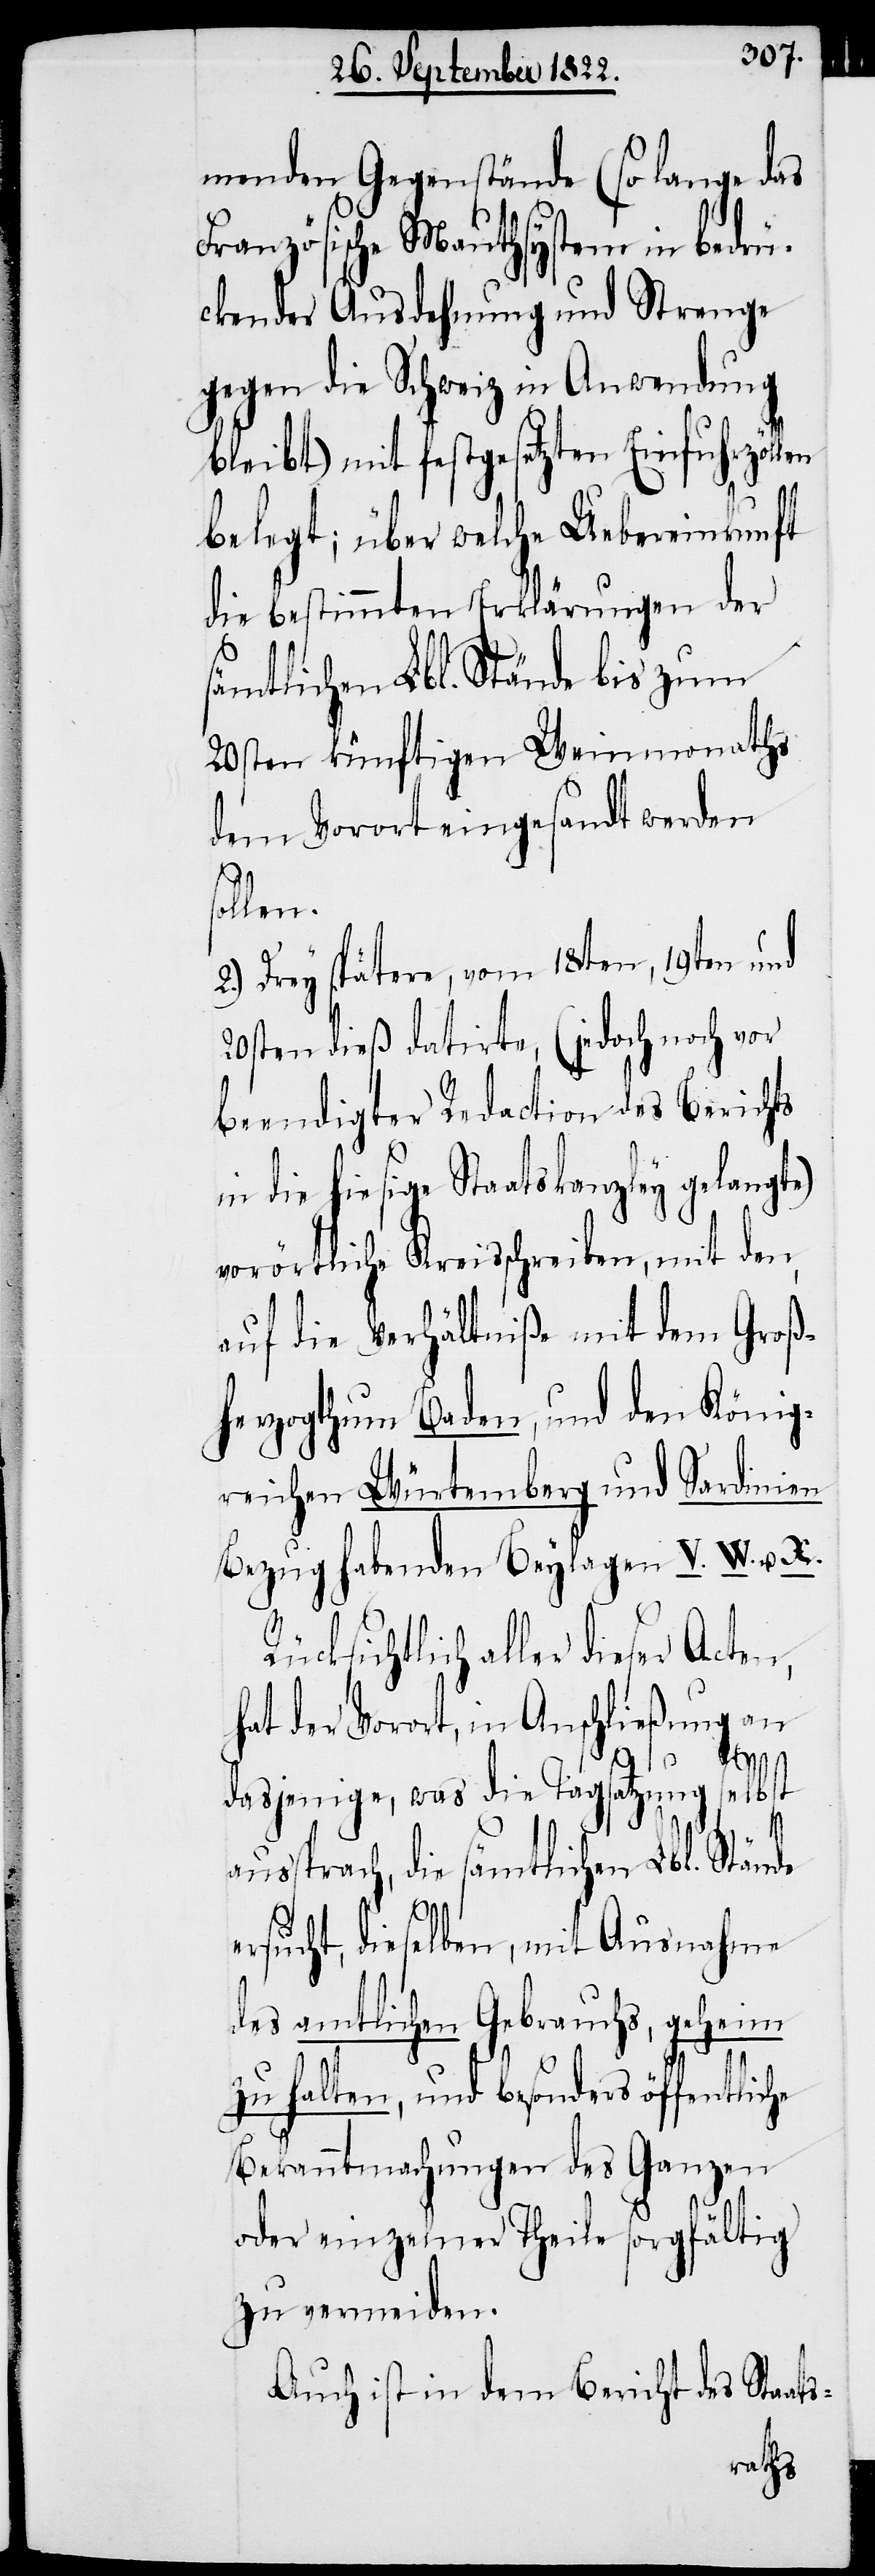
menden Gegenstände (so lange das
Französische Mauthsystem in bedrü¬
ckender Ausdehnung und Strenge
gegen die Schweiz in Anwendung
bleibt) mit festgesetzten Einfuhrzöllen
belegt; über welche Uebereinkunft
die bestimmten Erklärungen der
sämtlichen Lbl. Stände bis zum
20sten künftigen Weinmonaths
dem Vorort eingesandt werden
len.
2.) Drey spätere, vom 18ten, und
20sten dieß datirte, (jedoch noch vor
beendigter Redaction des Berichts
die hiesige Staatskanzley gelangte)
vorörtliche Kreisschreiben, mit den
auf die Verhältniße mit dem Groß¬
herzogthum Baden, und den König¬
reichen Würtemberg und Sardinien
Bezug habenden Beylagen V. W. & X.
ücksichtlich aller dieser Acten,
hat der Vorort, in Anschließung an
dasjenige, was die Tagsatzung selbst
ssprach, die sämtlichen Lbl. Stände
au¬
ersucht, dieselben, mit Ausnahme
des amtlichen Gebrauchs, geheim
zu halten, und besonders öffentliche
Bekanntmachungen des Ganzen
oder einzelner Theile sorgfältig
zu vermeiden.
Auch ist in dem Bericht des Staats-